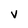
Character: V